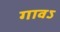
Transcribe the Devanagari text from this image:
गावऽ